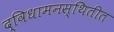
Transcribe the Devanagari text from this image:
द्विधामनस्थितीत